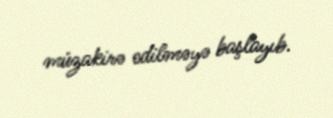
müzakirə edilməyə başlayıb.